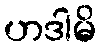
ဟဒါမိ